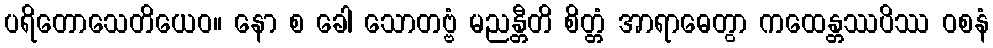
ပရိတောသေတိယေဝ။ နော စ ခေါ သောတဗ္ဗံ မညန္တီတိ စိတ္တံ အာရာဓေတွာ ကထေန္တဿပိဿ ဝစနံ